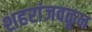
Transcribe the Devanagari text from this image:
शहरांजवळून